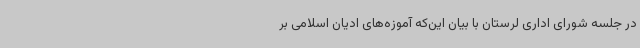
در جلسه شورای اداری لرستان با بیان این‌که آموزه‌های ادیان اسلامی بر